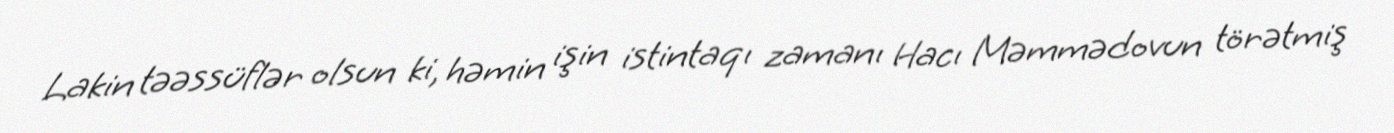
Lakin təəssüflər olsun ki, həmin işin istintaqı zamanı Hacı Məmmədovun törətmiş